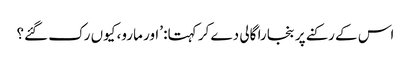
اس کے رکنے پر بنجارا گالی دے کر کہتا: ’اور مارو، کیوں رک گئے؟